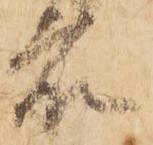
衆